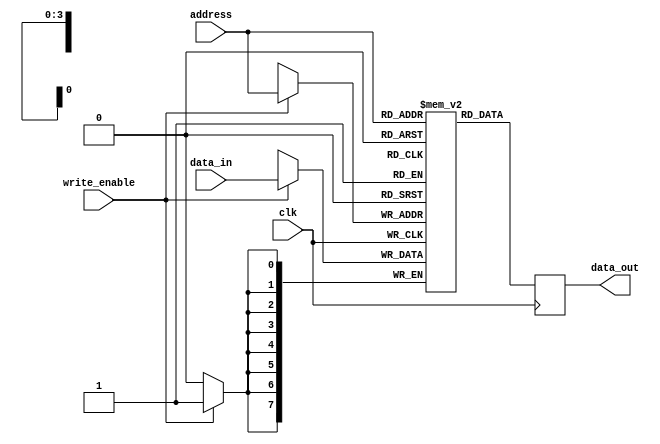
module memory(
    output reg [7:0] data_out,
    input [3:0] address,
    input [7:0] data_in, 
    input write_enable,
    input clk
);
    reg [7:0] memory [0:15];

    always @(posedge clk)
      begin
        if (write_enable)
          begin
            memory[address] <= data_in;
          end
        data_out <= memory[address];
      end

endmodule